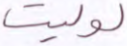
لوليت